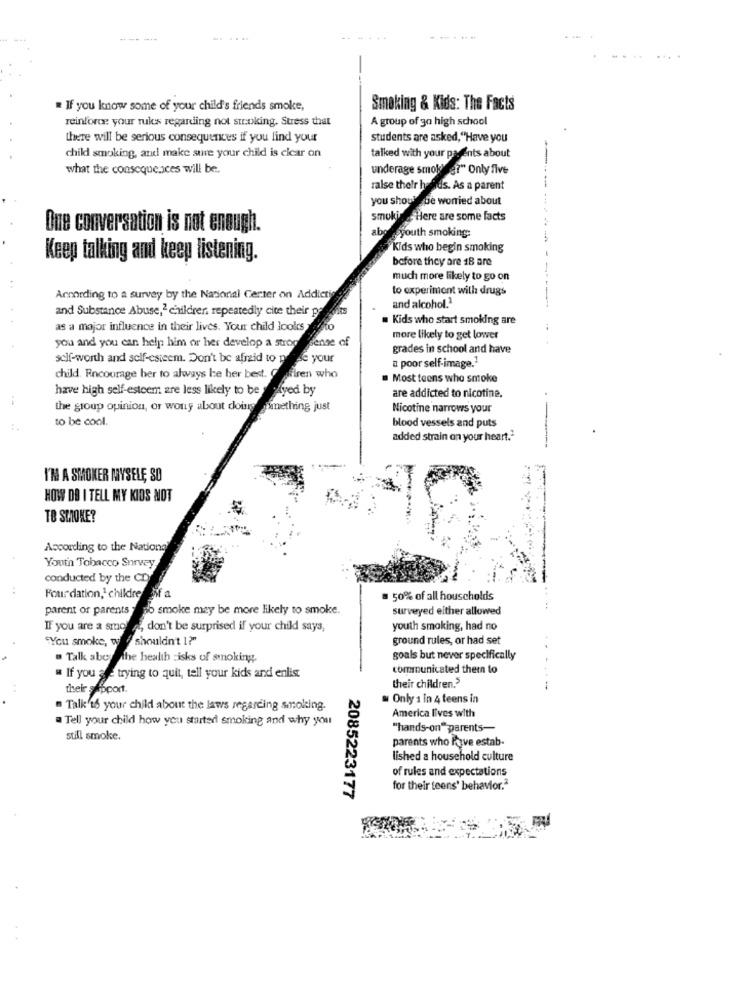
--- -
......
-
If you know some of your child's friends smoke,
Smoking & Kids: The Facts
reinforce your rules regarding not stroking. Stress that
A group of 30 high school
there will be serious consequences if you find your
students are asked, "Have you
child smoking, and make sure your child is clear on
talked with your parents about
what the consequences will be.
underage smoke?" Only five
raise their hafids. As a parent
you should be worried about
smukisHere are some facts
One conversation is not enough.
aborsyouth smoking:
Kids who begin smoking
Keep talking and keep listening.
before they are 18 are
much more likely to go on
to experiment with drugs
According to a survey by the National Center on Addict
and alcohol.1
and Substance Abuse,2 children. repeatedly cite their p
Kids who start smoking are
as a major influence in their lives. Your child looks
sense of
more likely to get lower
you and you can help him or her develop a strop
grades in school and have
self-worth and self-esteem. Don't be afraid to p
se your
a poor self-image.1
child. Encourage her to always be her best.
firen who
Most teens who smoke
have high self-esteem are less likely to be " sayed by
are addicted to nicotine.
the group opinion, or wony about doing something just
Nicotine narrows your
to be cool.
blood vessels and puts
added strain on your heart."
I'M A SMOKER MYSELĘ SO
HOW DO I TELL MY KIDS NOT
TO SMOKE?
According to the National
Youth Tobacco Survey
conducted by the CD
Four dation,' childre fif a
50% of all households
parent of parents " ab smoke may be more likely to smoke.
surveyed either allowed
IF you are a smola, don't be surprised if your child says,
youth smoking, had no
"You smoke, we shouldn't 1?"
ground rules, or had set
" Talk aber the health risks of smoking.
goals but never specifically
communicated them to
If you are trying to quit, tell your kids and enlist
their children.3
their support.
w Only 1 in 4 teens in
. Talk'16 your child about the laws regarding smoking.
Tell your child how you started smoking and why you
America lives with
"hands-on" parents-
still smoke.
parents who Payve estab.
lished a household culture
of rules and expectations
for their teens' behavior."
2085223177